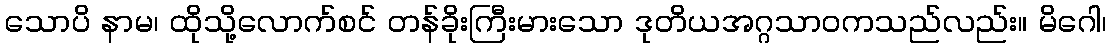
သောပိ နာမ၊ ထိုသို့လောက်စင် တန်ခိုးကြီးမားသော ဒုတိယအဂ္ဂသာဝကသည်လည်း။ မိဂေါ၊